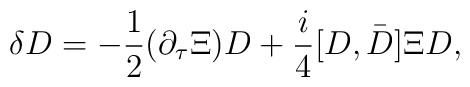
{\delta}D=-{1\over2}(\partial_{\tau}\Xi)D+{i\over4}[D,\bar{\mbox{\raisebox{0ex}[1.75ex][0ex]{$D$}}}]{\Xi}D,